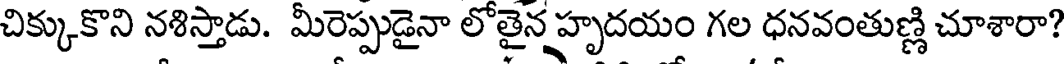
చిక్కుకొని నశిస్తాడు. మీరెప్పుడైనా లోతైన్నహృదయం గల ధనవంతుణ్ణి చూశారా?